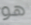
هو